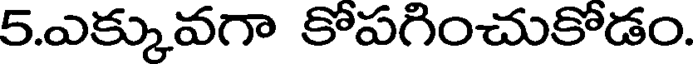
5.ఎక్కువగా కోపగించుకోడం.